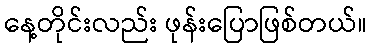
နေ့တိုင်းလည်း ဖုန်းပြောဖြစ်တယ်။